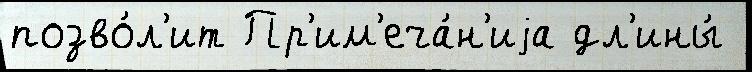
позво́л'ит Пр'им'еча́н'иjа дл'ины́